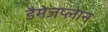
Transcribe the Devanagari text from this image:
डैमेजप्लान